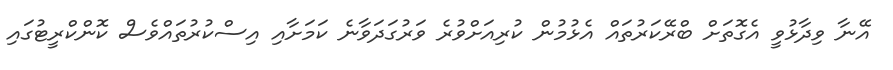
އޭނާ ވިދާޅުވީ އެގޮތަށް ބްރޭކަރުތައް އެޅުމުން ކުރިއަށްވުރެ ވަރުގަދަވާނެ ކަމަށާއި އިސްކުރުތައްވެސް ކޮންކްރީޓުގައި